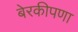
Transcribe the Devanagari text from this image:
बेरकीपणा